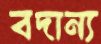
বদান্য